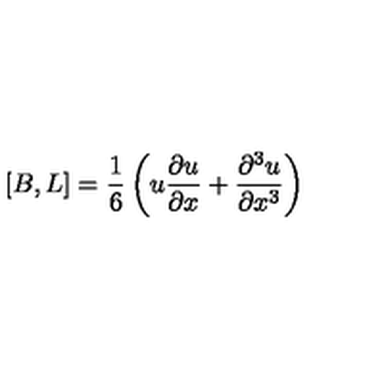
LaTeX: \left[ B , L \right] = { \frac { 1 } { 6 } } \left( u { \frac { \partial u } { \partial x } } + { \frac { \partial ^ { 3 } u } { \partial x ^ { 3 } } } \right)